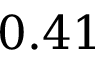
0 . 4 1